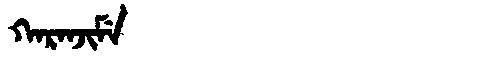
Manchu: ᡴᠠᡵᠠᠨᠵᡳᠮᡝ
Romanization: KARANJIME